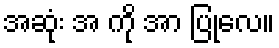
အဆုံး အ ကို အာ ပြုလေ။